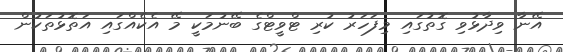
އޭނާ ވިދާޅުވި ގޮތުގައި މިފަހަރު ކުރި ޓްވީޓްގެ ބޭނުމަކީ މޭ އެކެއްގައި އަތޮޅުތަކުން